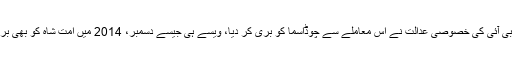
2015 میں سی بی آئی کی خصوصی عدالت نے اس معاملے سے چوڈاسما کو بری کر دیا، ویسے ہی جیسے دسمبر، 2014 میں امت شاہ کو بھی بری کر دیا گیا تھا۔